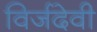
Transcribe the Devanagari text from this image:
विर्जदेवी